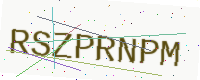
Text: RSZPRNPM